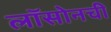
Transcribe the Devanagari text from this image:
लॉसोनची